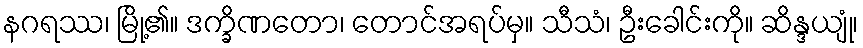
နဂရဿ၊ မြို့၏။ ဒက္ခိဏတော၊ တောင်အရပ်မှ။ သီသံ၊ ဦးခေါင်းကို။ ဆိန္ဒယျုံ၊